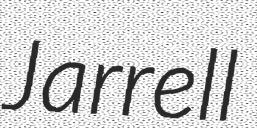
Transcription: Jarrell